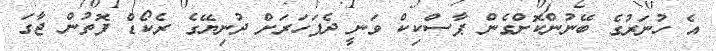
އެ ހުނަރުގެ ބޭނުންކޮށްގެން ޕާސްކިކް ވަނީ ދެފަހަރަށް ދުނިޔޭގެ ރެކޯޑް ފޮތުން ޖާގަ